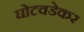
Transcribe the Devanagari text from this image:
घोटवडेकर